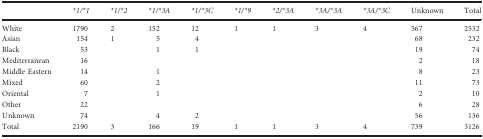
|  | *1/*1 | *1/*2 | *1/*3A | *1/*3C | *1/*9 | *2/*3A | *3A/*3A | *3A/*3C | Unknown | Total |
 | --- | --- | --- | --- | --- | --- | --- | --- | --- | --- | --- |
 | White | 1790 | 2 | 152 | 12 | 1 | 1 | 3 | 4 | 567 | 2532 |
 | Asian | 154 | 1 | 5 | 4 |  |  |  |  | 68 | 232 |
 | Black | 53 |  | 1 | 1 |  |  |  |  | 19 | 74 |
 | Mediterranean | 16 |  |  |  |  |  |  |  | 2 | 18 |
 | Middle Eastern | 14 |  | 1 |  |  |  |  |  | 8 | 23 |
 | Mixed | 60 |  | 2 |  |  |  |  |  | 11 | 73 |
 | Oriental | 7 |  | 1 |  |  |  |  |  | 2 | 10 |
 | Other | 22 |  |  |  |  |  |  |  | 6 | 28 |
 | Unknown | 74 |  | 4 | 2 |  |  |  |  | 56 | 136 |
 | Total | 2190 | 3 | 166 | 19 | 1 | 1 | 3 | 4 | 739 | 3126 |